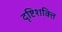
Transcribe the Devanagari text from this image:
दृष्टिशक्ति